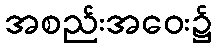
အစည်းအဝေး၌